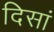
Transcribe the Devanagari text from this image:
दिसां